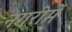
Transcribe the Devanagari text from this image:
नगरीमें